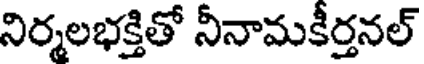
నిర్మలభక్తితో నీనామకీర్తనల్